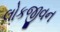
લોકજીવન